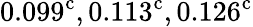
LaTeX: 0.099^{\mathrm{c}},0.113^{\mathrm{c}},0.126^{\mathrm{c}}